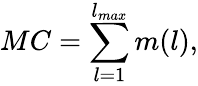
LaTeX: MC=\sum_{l=1}^{l_{max}}m(l),